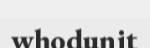
whodunit